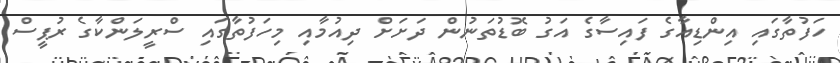
ހަފުތާގައި އިންޑިއާގެ ފައިސާގެ އަގު ބޮޑުތަނުން ދަށަށް ދިއުމާއި މިހަފުތާގައި ސްރީލަންކާގެ ރުޕީސް